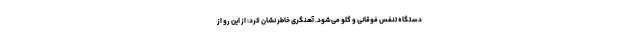
دستگاه تنفس فوقانی و گلو می‌شود. آهنگری خاطر نشان کرد: از این رو از